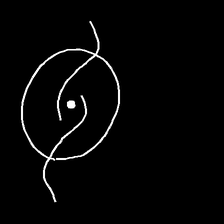
Glyph: repetition